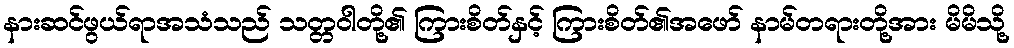
နားဆင်ဖွယ်ရာအသံသည် သတ္တဝါတို့၏ ကြားစိတ်နှင့် ကြားစိတ်၏အဖော် နာမ်တရားတို့အား မိမိသို့